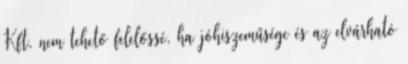
Kft. nem tehető felelőssé, ha jóhiszeműsége és az elvárható